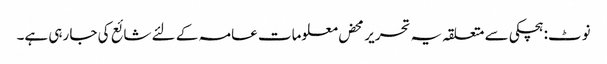
نوٹ: ہچکی سے متعلقہ یہ تحریر محض معلومات عامہ کے لئے شائع کی جا رہی ہے۔